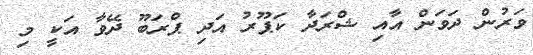
ވަރުން ދަވަން އާއި ޝްރަދާ ކަޕޫރު އަދި ޕްރަބޫ ދޭވާ އަކީ މި